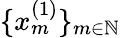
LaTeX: \{ x_{m}^{(1)}\} _{m\in\mathbb{N}}